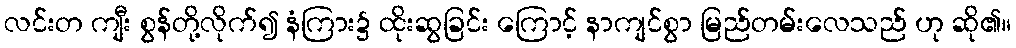
လင်းတ ကျီး စွန်တို့လိုက်၍ နံကြား၌ ထိုးဆွခြင်း ကြောင့် နာကျင်စွာ မြည်တမ်းလေသည် ဟု ဆို၏။